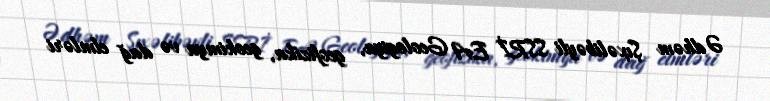
Ədhəm Şıxəlibəyli SSRİ EA Geologiya, geofizika, geokimya və dağ elmləri